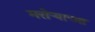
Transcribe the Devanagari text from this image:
मरोऱ्याच्या